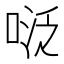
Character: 𭈠